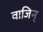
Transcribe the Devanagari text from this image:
वाजिन्